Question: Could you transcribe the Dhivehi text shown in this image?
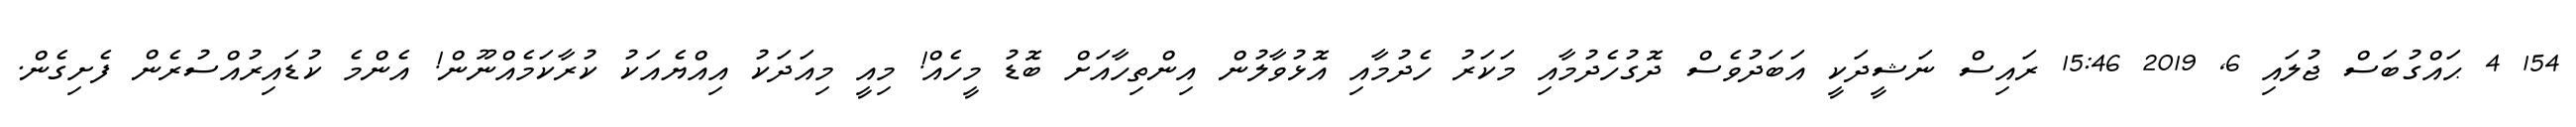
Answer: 154 4 ޙައްގުބަސް ޖުލައި 6, 2019 15:46 ރައިސް ނަޝީދަކީ އަބަދުވެސް ދޮގުހެދުމާއި މަކަރު ހެދުމާއި އޮޅުވާލުން އިންތިހާއަށް ބޮޑު މީހެއް! މިއީ މިއަދަކު އިއްޔެއަކު ކުރާކަމެއްނޫން! އެންމެ ކުޑައިރުއްސުރެން ފެށިގެން.